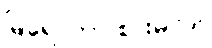
မြရေ၊ ဘာ စားမလဲ။